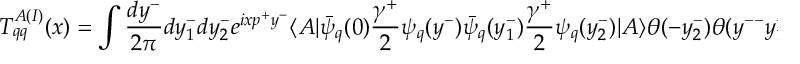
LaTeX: T _ { q q } ^ { A ( I ) } ( x ) = \int \frac { d y ^ { - } } { 2 \pi } d y _ { 1 } ^ { - } d y _ { 2 } ^ { - } e ^ { i x p ^ { + } y ^ { - } } \langle A | \bar { \psi } _ { q } ( 0 ) \frac { \gamma ^ { + } } { 2 } \psi _ { q } ( y ^ { - } ) \bar { \psi } _ { q } ( y _ { 1 } ^ { - } ) \frac { \gamma ^ { + } } { 2 } \psi _ { q } ( y _ { 2 } ^ { - } ) | A \rangle \theta ( - y _ { 2 } ^ { - } ) \theta ( y ^ { -- } y _ { 1 } ^ { - } )